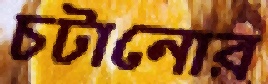
চটানোর